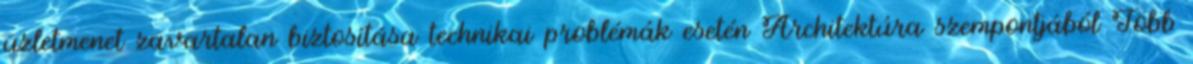
üzletmenet zavartalan biztosítása technikai problémák esetén Architektúra szempontjából Több